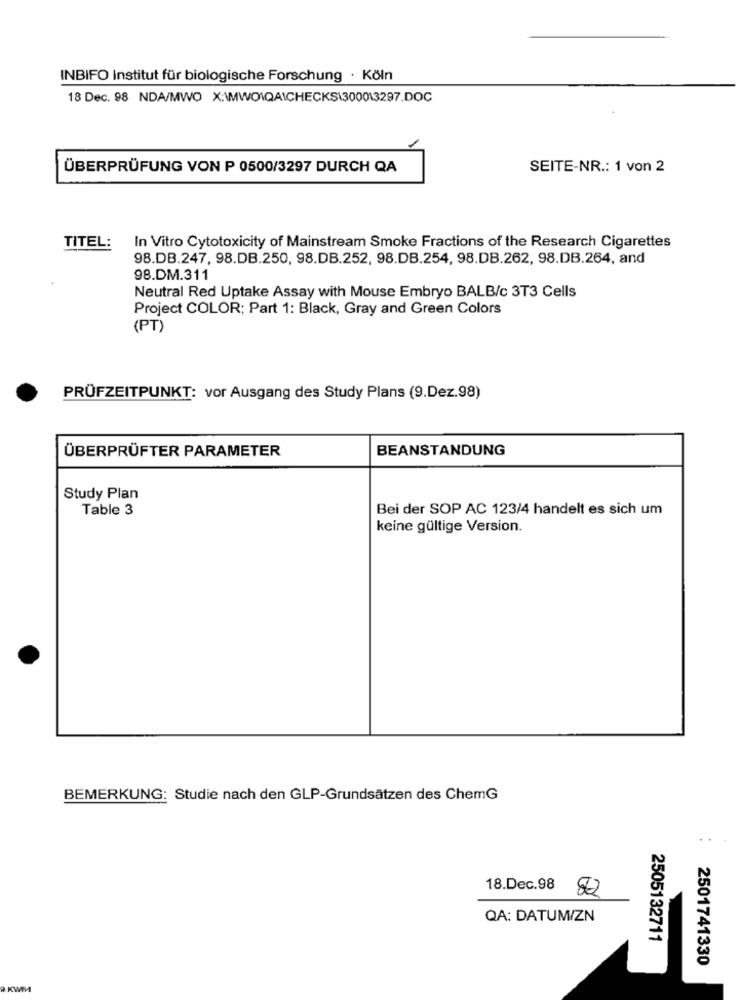
INBIFO Institut für biologische Forschung · Köln
18 Dec. 98 NDA/MWO X:\MWOWQAICHECKS\300013297.DOC
ÜBERPRÜFUNG VON P 0500/3297 DURCH QA
SEITE-NR .: 1 von 2
TITEL:
In Vitro Cytotoxicity of Mainstream Smoke Fractions of the Research Cigarettes
98.DB.247, 98.DB.250, 98.DB.252, 98.DB.254, 98.DB.262, 98.DB.264, and
98.DM.311
Neutral Red Uptake Assay with Mouse Embryo BALB/c 3T3 Cells
Project COLOR; Part 1: Black, Gray and Green Colors
(PT)
PRÜFZEITPUNKT: vor Ausgang des Study Plans (9.Dez.98)
ÜBERPRÜFTER PARAMETER
BEANSTANDUNG
Study Plan
Table 3
Bei der SOP AC 123/4 handelt es sich um
keine gültige Version.
BEMERKUNG: Studie nach den GLP-Grundsätzen des ChemG
18.Dec.98 82
QA: DATUM/ZN
2505132711
2501741330
9.KWMA